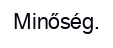
Minőség.